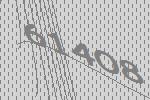
61408